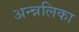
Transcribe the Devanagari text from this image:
अन्न्नलिका